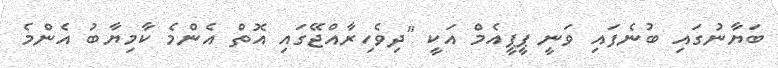
ބަޔާނުގައި ބުނެފައި ވަނީ ޕީޕީއެމް އަކީ "ދިވެހިރާއްޖޭގައި އޮތް އެންމެ ކާމިޔާބު އެންމެ